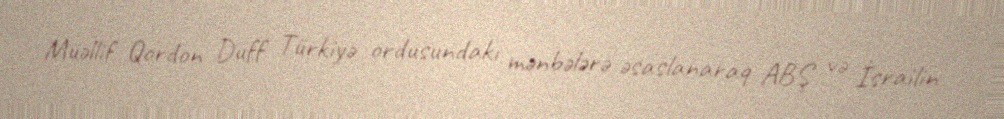
Müəllif Qordon Duff Türkiyə ordusundakı mənbələrə əsaslanaraq ABŞ və İsrailin